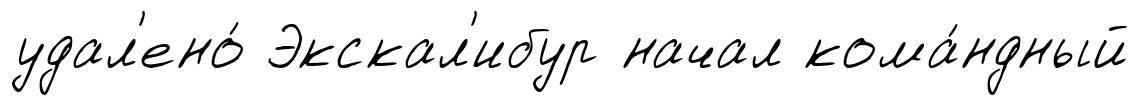
удал'ено́ Экскал'ибур начал кома́ндный